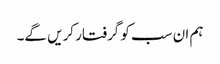
ہم ان سب کو گرفتار کریں گے۔